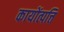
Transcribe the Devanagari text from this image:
कायोंत्पत्ति